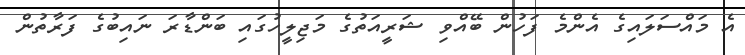
އެ މައްސަލައިގެ އެންމެ ފަހުން ބޭއްވި ޝަރީއަތުގެ މަޖިލީހުގައި ބަންޑާރަ ނައިބުގެ ފަރާތުން